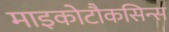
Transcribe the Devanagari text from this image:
माइकोटौकसिन्स